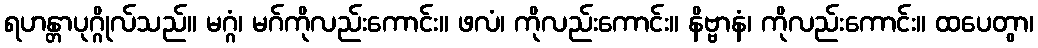
ရဟန္တာပုဂ္ဂိုလ်သည်။ မဂ္ဂံ၊ မဂ်ကိုလည်းကောင်း။ ဖလံ၊ ကိုလည်းကောင်း။ နိဗ္ဗာနံ၊ ကိုလည်းကောင်း။ ထပေတွာ၊